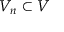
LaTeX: V _ { n } \subset V